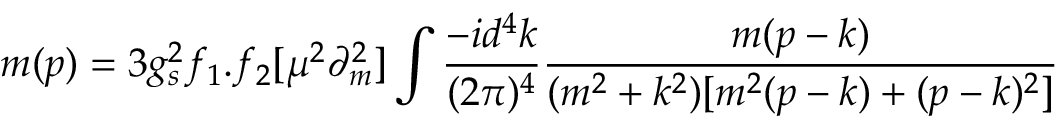
m ( p ) = 3 g _ { s } ^ { 2 } f _ { 1 } . f _ { 2 } [ \mu ^ { 2 } \partial _ { m } ^ { 2 } ] \int \frac { - i d ^ { 4 } k } { ( 2 \pi ) ^ { 4 } } \frac { m ( p - k ) } { ( m ^ { 2 } + k ^ { 2 } ) [ m ^ { 2 } ( p - k ) + ( p - k ) ^ { 2 } ] }